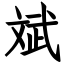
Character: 斌